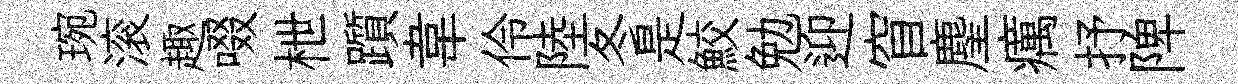
琬滚趣啜枻躓韋伶陸冬是鮫勉迎窅麈癘抒陴